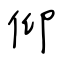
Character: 仰